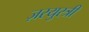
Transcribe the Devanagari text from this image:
ज़रयुस्त्री